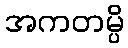
အကတမ္ပိ